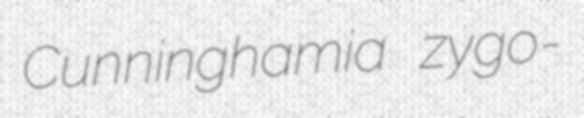
Cunninghamia zygo-